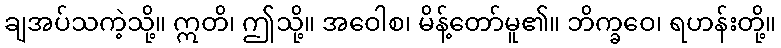
ချအပ်သကဲ့သို့။ ဣတိ၊ ဤသို့။ အဝေါစ၊ မိန့်တော်မူ၏။ ဘိက္ခဝေ၊ ရဟန်းတို့။